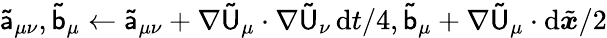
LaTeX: \mathsf{\tilde{a}}_{\mu\nu},\mathsf{\tilde{b}}_{\mu}\gets\mathsf{\tilde{a}}_{\mu\nu}+\nabla\mathsf{\tilde{U}}_{\mu}\cdot\nabla\mathsf{\tilde{U}}_{\nu}\, \mathrm{d}t/4,\mathsf{\tilde{b}}_{\mu}+\nabla\mathsf{\tilde{U}}_{\mu}\cdot\mathrm{d}\tilde{{\boldsymbol{x}}}/2